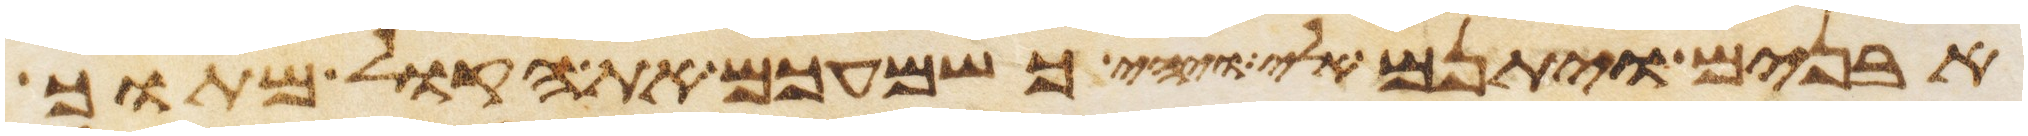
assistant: אבנים ויתנם אלי ויהי כשמעכם את הקול מתוך